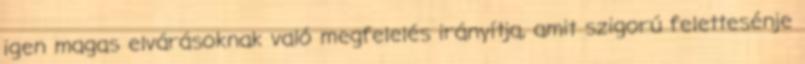
igen magas elvárásoknak való megfelelés irányítja, amit szigorú felettesénje